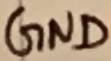
Text: GND